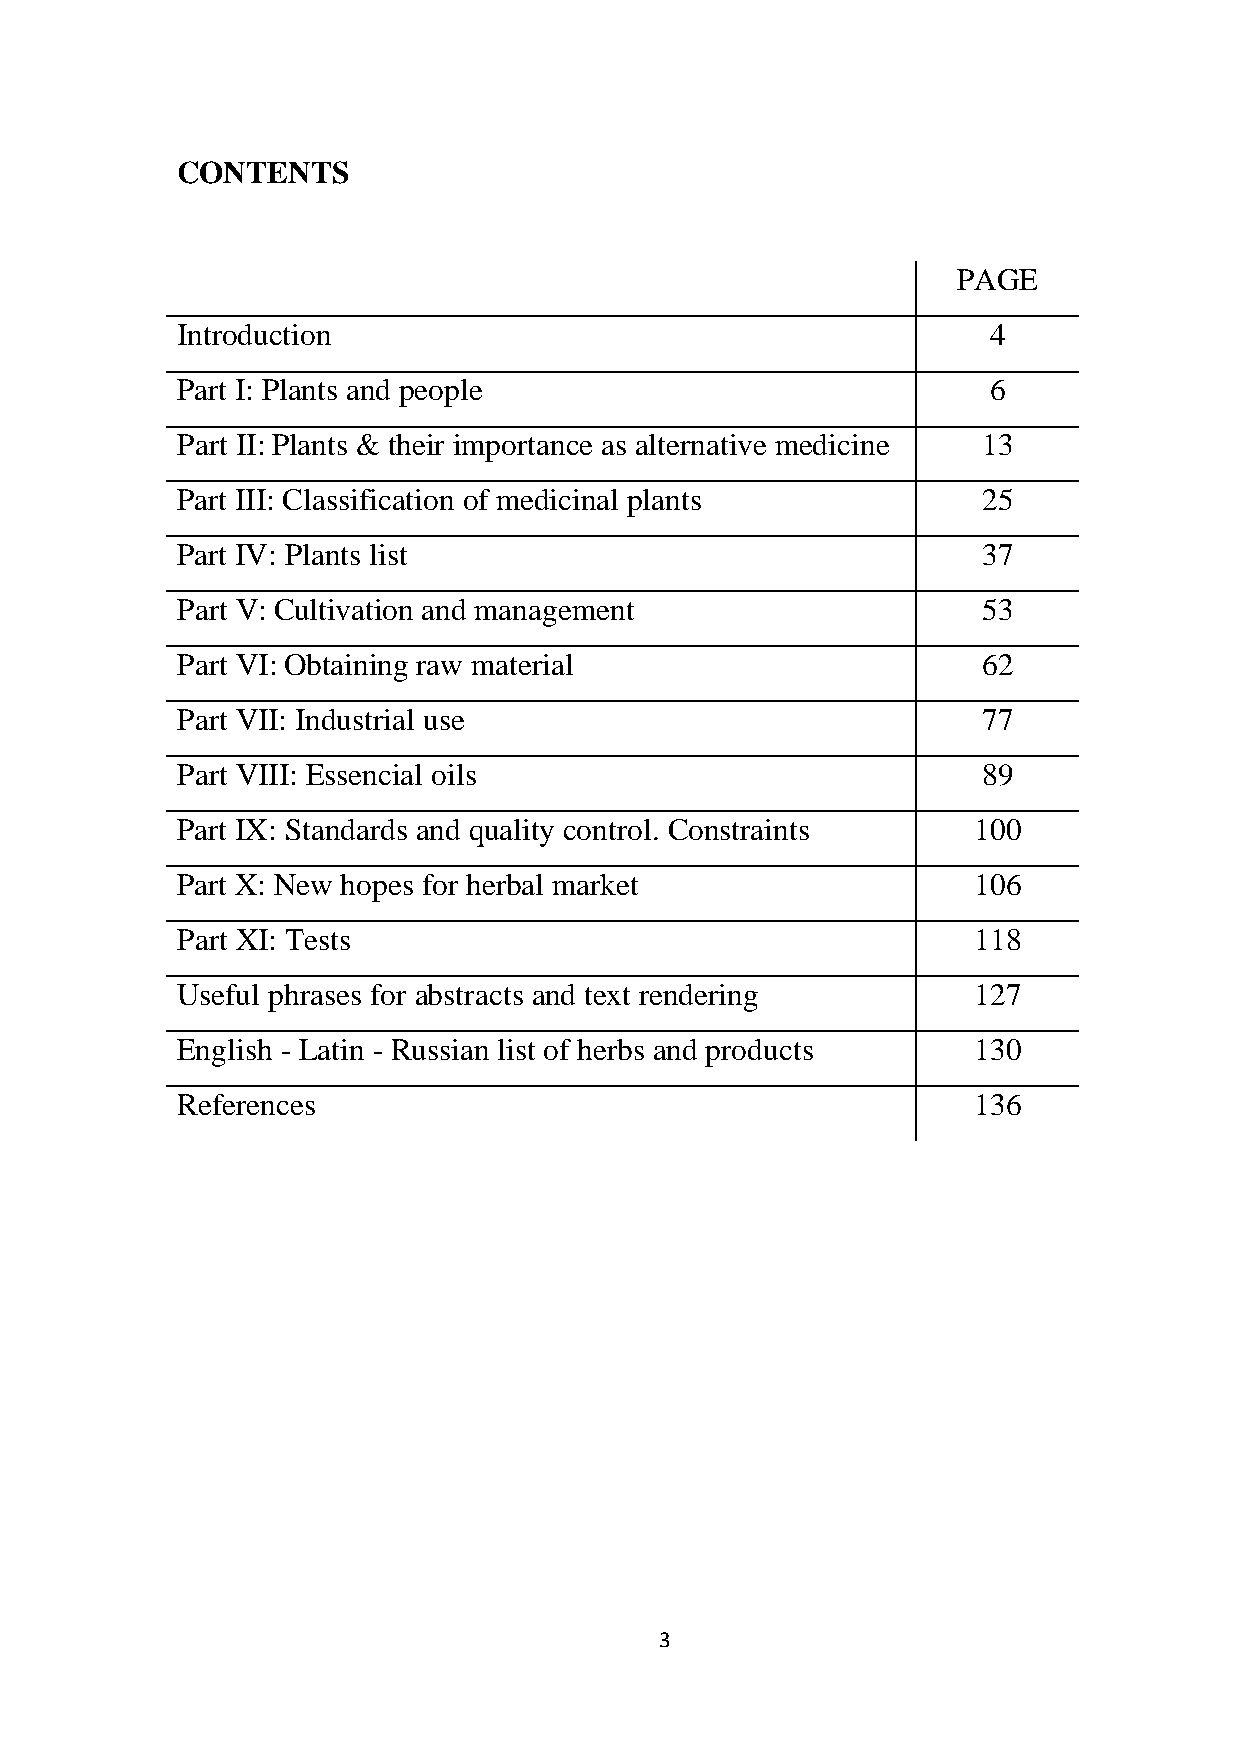
CONTENTS
 PAGE
 Introduction                                         4
 Part I: Plants and people                            6
 Part II: Plants & their importance as alternative medicine 13
 Part III: Classification of medicinal plants         25
 Part IV: Plants list                                 37
 Part V: Cultivation and management                   53
 Part VI: Obtaining raw material                      62
 Part VII: Industrial use                             77
 Part VIII: Essencial oils                            89
 Part IX: Standards and quality control. Constraints 100
 Part X: New hopes for herbal market                 106
 Part XI: Tests                                      118
 Useful phrases for abstracts and text rendering     127
 English - Latin - Russian list of herbs and products 130
 References                                          136
 3